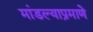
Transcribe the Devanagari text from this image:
मांडल्याप्रमाणे